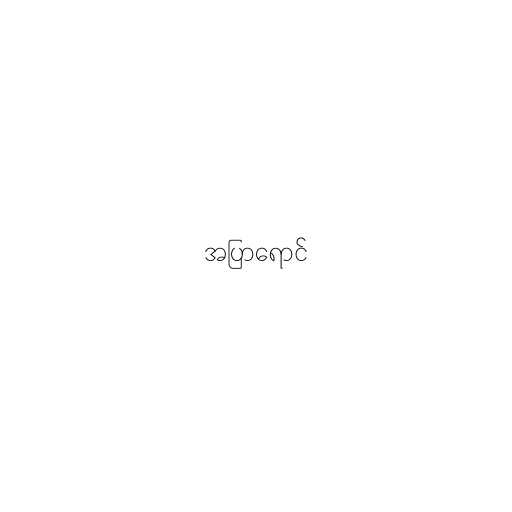
အပြာရောင်